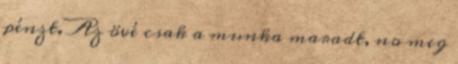
pénzt. Az övé csak a munka maradt, no meg